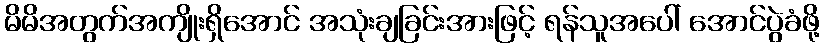
မိမိအတွက်အကျိုးရှိအောင် အသုံးချခြင်းအားဖြင့် ရန်သူအပေါ် အောင်ပွဲခံဖို့